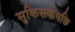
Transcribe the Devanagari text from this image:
सुकिसकेपछि